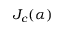
J _ { c } ( \alpha )